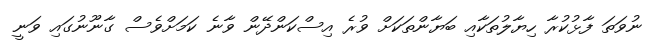
ނުވަތަ ފާޅުކުރާ ހިޔާލުތަކާއި ބަޔާންތަކަށް ވުރެ އިސްކަންދޭން ވާނެ ކަަމަށްވެސް ގާނޫނުގައި ވަނީ